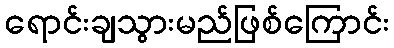
ရောင်းချသွားမည်ဖြစ်ကြောင်း